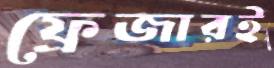
ফ্রেজারই